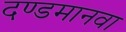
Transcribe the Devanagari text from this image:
दण्डमानवा